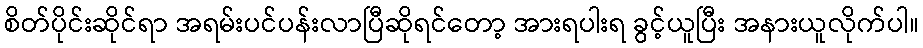
စိတ်ပိုင်းဆိုင်ရာ အရမ်းပင်ပန်းလာပြီဆိုရင်တော့ အားရပါးရ ခွင့်ယူပြီး အနားယူလိုက်ပါ။